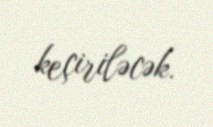
keçiriləcək.